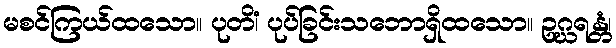
မစင်ကြယ်ထသော။ ပုတိံ၊ ပုပ်ခြင်းသဘောရှိထသော။ ဥဂ္ဃရန္တံ၊